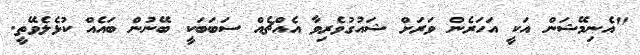
"އެނިމޭޝަން އަކީ އަހަރެން ވަރަށް ޝައުގުވެރިވާ އެއްޗެއް ސަބަބަކީ ބޭނުން ބައެއް ކުޅެލެވޭތީ.